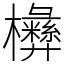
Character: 㰘